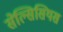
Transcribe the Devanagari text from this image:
सेल्सिसियस